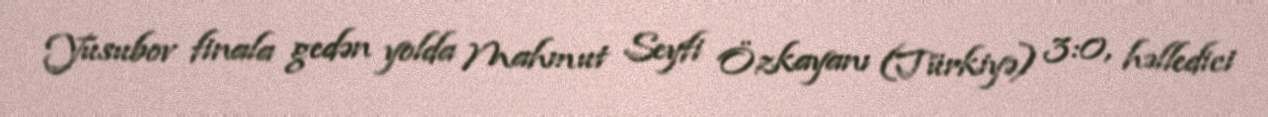
Yusubov finala gedən yolda Mahmut Seyfi Özkayanı (Türkiyə) 3:0, həlledici